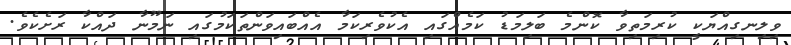
ވިލިނގިއްޔަކީ ކުރިމަތިވާ ކޮންމެ ބަލިމަޑު ކަމެއްގައި އެކުވެރިކަމާ އެއްބައިވަންތަކަމުގައި ނަމޫނާ ދައްކާ ރަށެކެވެ.